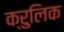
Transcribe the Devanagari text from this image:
क्रुलिक